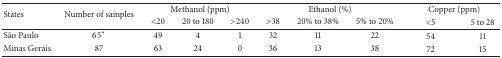
<table><thead><tr><td rowspan="2"><b>States</b></td><td rowspan="2"><b>Number of samples</b></td><td colspan="3"><b>Methanol (ppm)</b></td><td colspan="3"><b>Ethanol (%)</b></td><td colspan="2"><b>Copper (ppm)</b></td></tr><tr><td><b>&lt;20</b></td><td><b>20 to 180</b></td><td><b>&gt;240</b></td><td><b>&gt;38</b></td><td><b>20% to 38%</b></td><td><b>5% to 20%</b></td><td><b>&lt;5</b></td><td><b>5 to 28</b></td></tr></thead><tbody><tr><td>São Paulo</td><td>65<sup>*</sup></td><td>49</td><td>4</td><td>1</td><td>32</td><td>11</td><td>22</td><td>54</td><td>11</td></tr><tr><td>Minas Gerais</td><td>87</td><td>63</td><td>24</td><td>0</td><td>36</td><td>13</td><td>38</td><td>72</td><td>15</td></tr></tbody></table>